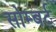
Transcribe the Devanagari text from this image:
सोम्बर्ट